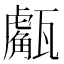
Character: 𤮝